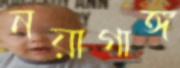
নয়াগাঙ্গ